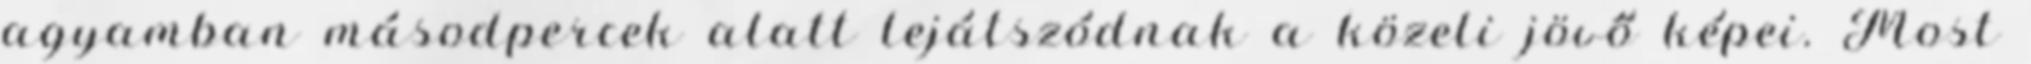
agyamban másodpercek alatt lejátszódnak a közeli jövő képei. Most